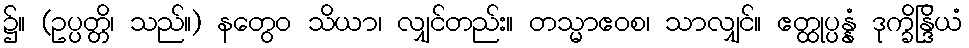
၌။ (ဥပ္ပတ္တိ၊ သည်။) နတွေဝ သိယာ၊ လျှင်တည်း။ တသ္မာဧဝစ၊ သာလျှင်။ ဧတ္ထုပ္ပန္နံ ဒုက္ခိန္ဒြိယံ